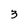
Character: 3